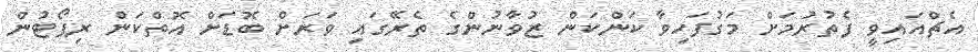
އެޗްއައިވީ ފެތުރުމަށް މަގުފަހިވާ ކަންކަން ޒުވާނުންގެ ތެރޭގައި ވަރަށް ބޮޑަށް އޮތްކަން ރިޕޯޓުން